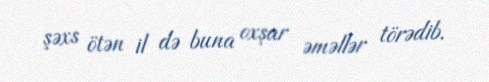
şəxs ötən il də buna oxşar əməllər törədib.